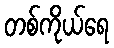
တစ်ကိုယ်ရေ